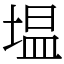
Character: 塭